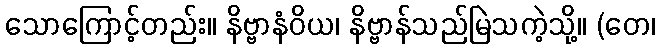
သောကြောင့်တည်း။ နိဗ္ဗာနံဝိယ၊ နိဗ္ဗာန်သည်မြဲသကဲ့သို့။ (တေ၊